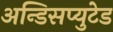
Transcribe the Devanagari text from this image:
अन्डिसप्युटेड